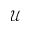
\mathcal { U }